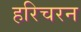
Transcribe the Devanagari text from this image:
हरिचरन